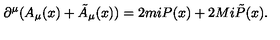
\partial ^ { \mu } ( A _ { \mu } ( x ) + \tilde { A } _ { \mu } ( x ) ) = 2 m i P ( x ) + 2 M i \tilde { P } ( x ) .